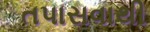
તપાસવાથી